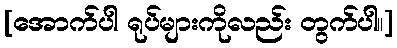
[အောက်ပါ ရုပ်များကိုလည်း တွက်ပါ။]